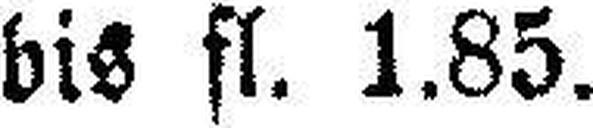
bis fl. 1.85.